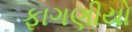
ફાગણીયો